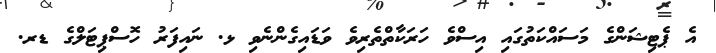
އެ ޕެޓިޝަންގެ މަސައްކަތުގައި އިސްވެ ހަރަކާތްތެރިވެ ވަޑައިގެންނެވި ޅ. ނައިފަރު ހޮސްޕިޓަލްގެ ޑރ.